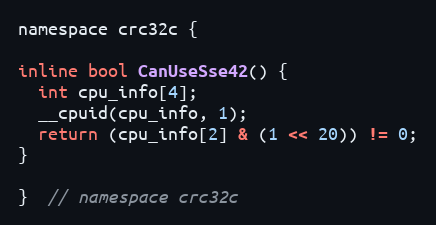
Language: C
namespace crc32c {

inline bool CanUseSse42() {
  int cpu_info[4];
  __cpuid(cpu_info, 1);
  return (cpu_info[2] & (1 << 20)) != 0;
}

}  // namespace crc32c